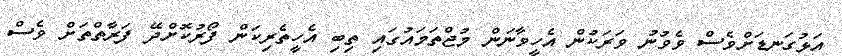
އަޅުގަނޑަށްވެސް ވެވުނު ވަރަކުން އެހީވާނަން މުޖްތަމައުގައި ތިބި އެހީތެރިކަން ފޯރުކޮށްދޭ ފަރާތްތަށް ވެސް